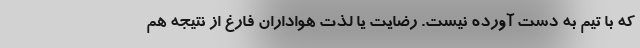
که با تیم به دست آورده نیست. رضایت یا لذت هواداران فارغ از نتیجه هم